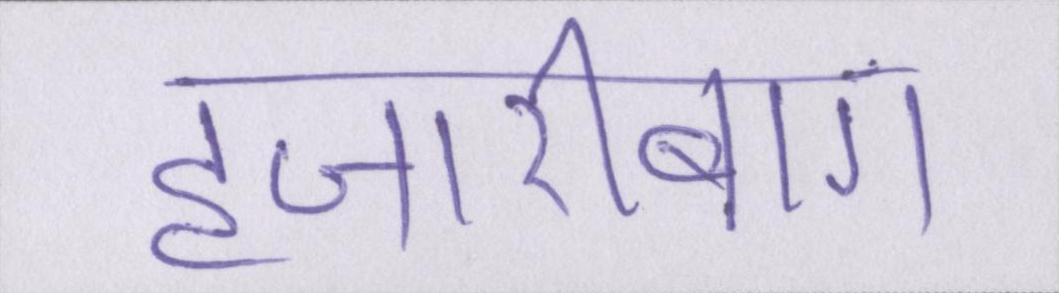
हजारीबाग